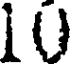
10